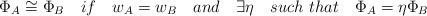
LaTeX: \begin{align*}\Phi _{A}\cong \Phi _{B}\quad if\quad w_{A}=w_{B}\quad and\quad \exists \eta\quad such\ that\quad \Phi _{A}=\eta \Phi _{B}\end{align*}